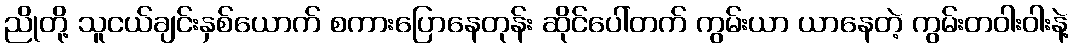
ညိုတို့ သူငယ်ချင်းနှစ်ယောက် စကားပြောနေတုန်း ဆိုင်ပေါ်တက် ကွမ်းယာ ယာနေတဲ့ ကွမ်းတဝါးဝါးနဲ့